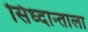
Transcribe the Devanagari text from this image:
सिध्दान्ताला